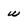
Character: w